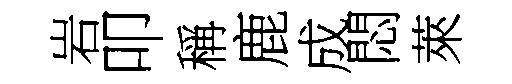
岩叩稱鹿成悶萊